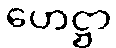
ဟေဋ္ဌာ